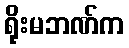
ရိုးမဘဏ်က